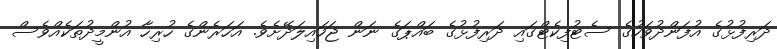
ދަރިފުޅުގެ އުފަންދުވަހުގެ ސެޓުފިކެޓްގައި ދަރިފުޅުގެ ބައްޕަގެ ނަން ޖަހައިލަދޭށެވެ. އަހަރެންގެ ހުރިހާ އުންމީދުތަކެއްވެސް